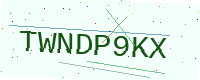
Text: TWNDP9KX